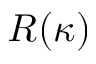
R ( \kappa )